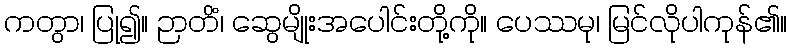
ကတွာ၊ ပြု၍။ ဉာတိံ၊ ဆွေမျိုးအပေါင်းတို့ကို။ ပေဿမု၊ မြင်လိုပါကုန်၏။